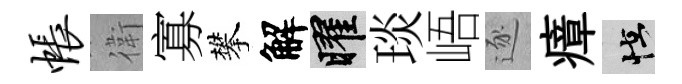
帐衛寡攀解曜琰峿逐瘴怪